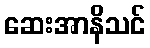
ဆေးအာနိသင်